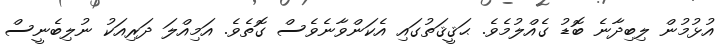
އުޅުމުން ލިބިދާނެ ބޮޑު ގެއްލުމެވެ. ޙަޤީޤަތުގައި އެކަންވާނެވެސް ގޮތެވެ. އަމިއްލަ ދަރިއަކު ނުލިބެނީސް